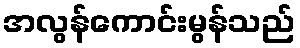
အလွန်ကောင်းမွန်သည်